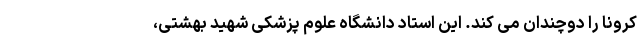
کرونا را دوچندان می کند. این استاد دانشگاه علوم پزشکی شهید بهشتی،